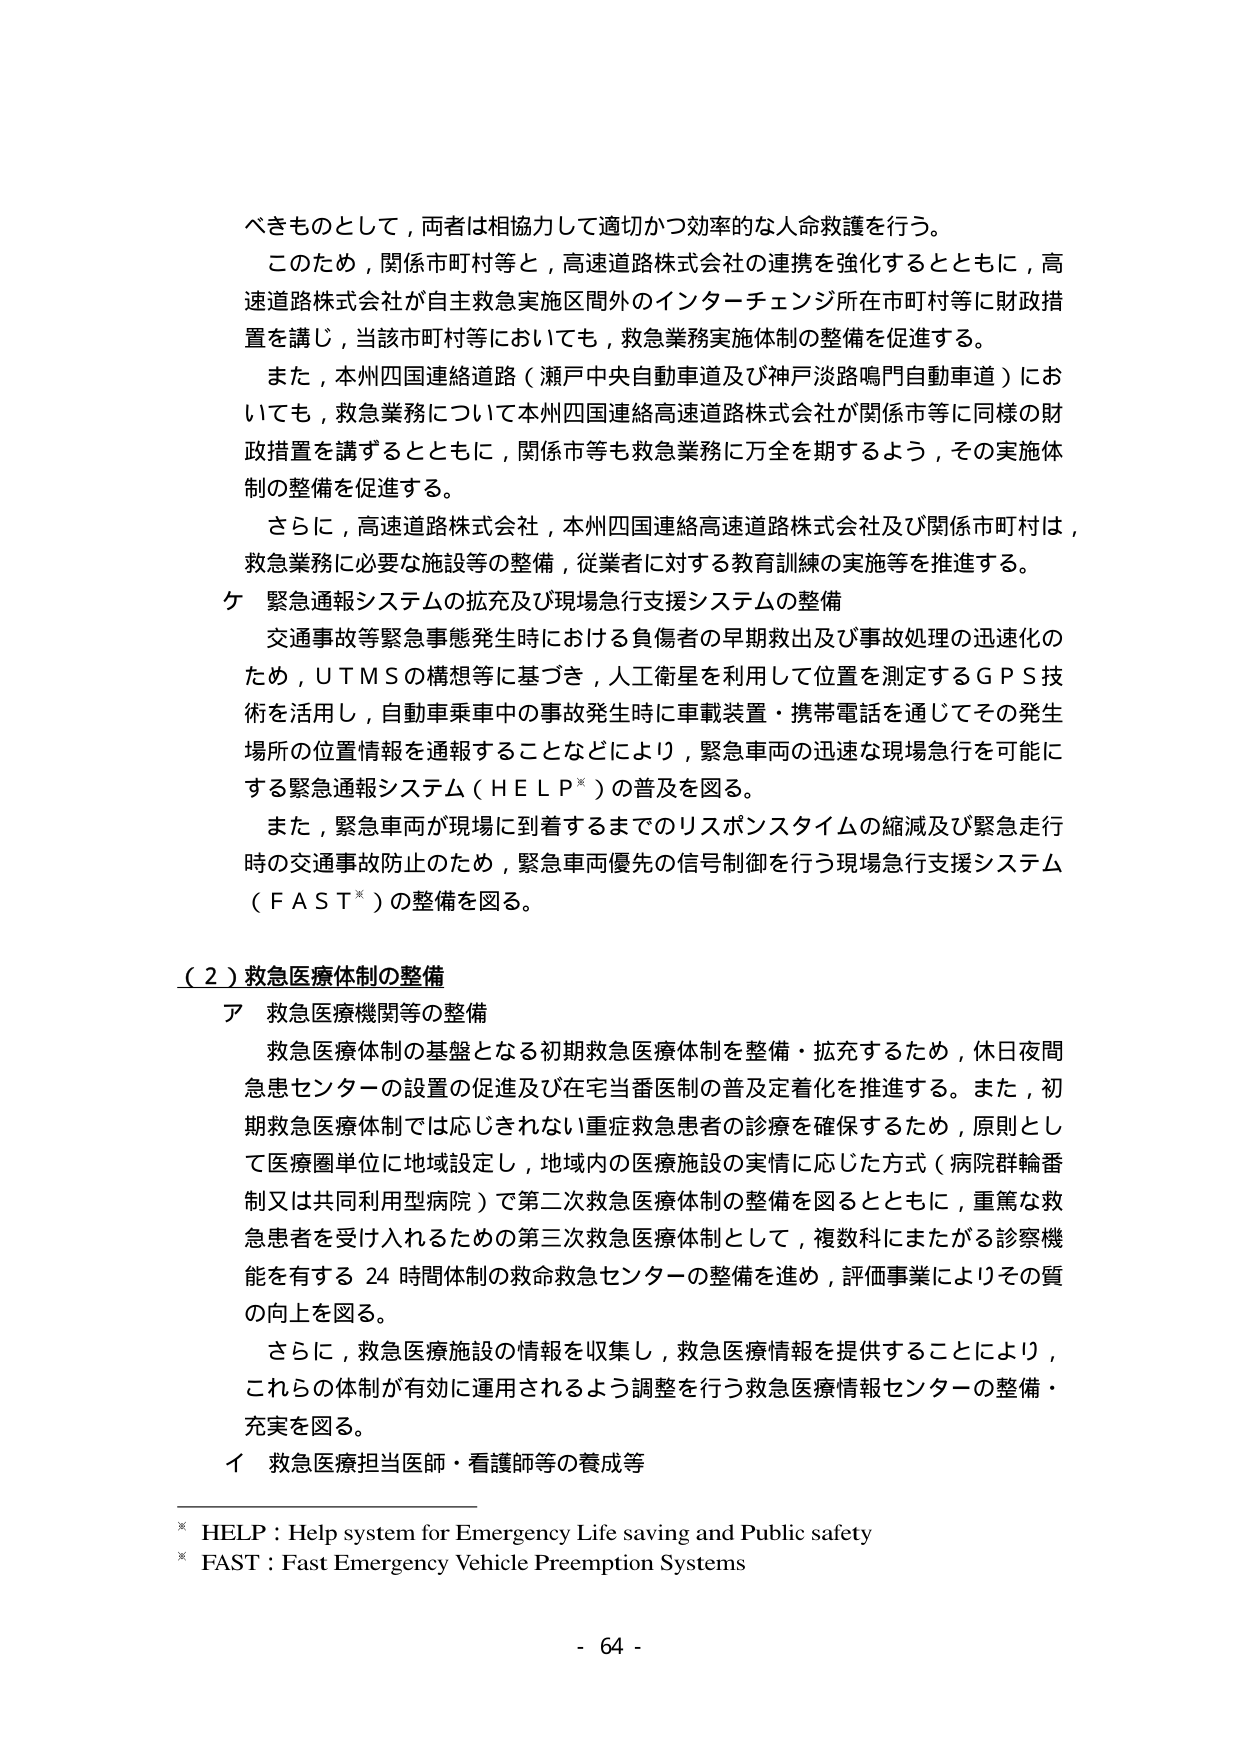
べきものとして，両者は相協力して適切かつ効率的な人命救護を行う。

このため，関係市町村等と，高速道路株式会社の連携を強化するとともに，高速道路株式会社が自主救急実施区間外のインターチェンジ所在市町村等に財政措置を講じ，当該市町村等においても，救急業務実施体制の整備を促進する。

また，本州四国連絡道路（瀬戸中央自動車道及び神戸淡路鳴門自動車道）においても，救急業務について本州四国連絡高速道路株式会社が関係市等に同様の財政措置を講ずるとともに，関係市等も救急業務に万全を期するよう，その実施体制の整備を促進する。

さらに，高速道路株式会社，本州四国連絡高速道路株式会社及び関係市町村は，救急業務に必要な施設等の整備，従業者に対する教育訓練の実施等を推進する。

ケ 緊急通報システムの拡充及び現場急行支援システムの整備

交通事故等緊急事態発生時における負傷者の早期救出及び事故処理の迅速化のため，ＵＴＭＳの構想等に基づき，人工衛星を利用して位置を測定するＧＰＳ技術を活用し，自動車乗車中の事故発生時に車載装置・携帯電話を通じてその発生場所の位置情報を通報することなどにより，緊急車両の迅速な現場急行を可能にする緊急通報システム（ＨＥＬＰ※）の普及を図る。

また，緊急車両が現場に到着するまでのリスポンスタイムの縮減及び緊急走行時の交通事故防止のため，緊急車両優先の信号制御を行う現場急行支援システム（ＦＡＳＴ※）の整備を図る。

（２）救急医療体制の整備

ア 救急医療機関等の整備

救急医療体制の基盤となる初期救急医療体制を整備・拡充するため，休日夜間急患センターの設置の促進及び在宅当番医制の普及定着化を推進する。また，初期救急医療体制では応じきれない重症救急患者の診療を確保するため，原則として医療圏単位に地域設定し，地域内の医療施設の実情に応じた方式（病院群輪番制又は共同利用型病院）で第二次救急医療体制の整備を図るとともに，重篤な救急患者を受け入れるための第三次救急医療体制として，複数科にまたがる診察機能を有する 24 時間体制の救命救急センターの整備を進め，評価事業によりその質の向上を図る。

さらに，救急医療施設の情報を収集し，救急医療情報を提供することにより，これらの体制が有効に運用されるよう調整を行う救急医療情報センターの整備・充実を図る。

イ 救急医療担当医師・看護師等の養成等

※ HELP : Help system for Emergency Life saving and Public safety
※ FAST : Fast Emergency Vehicle Preemption Systems

- 64 -